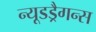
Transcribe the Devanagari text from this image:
न्यूडड्रैगन्स